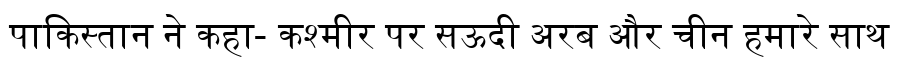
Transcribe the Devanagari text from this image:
पाकिस्तान ने कहा- कश्मीर पर सऊदी अरब और चीन हमारे साथ